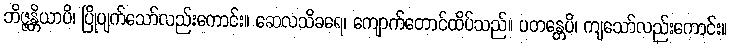
ဘိဇ္ဇန္တိယာပိ၊ ပြိုပျက်သော်လည်းကောင်း။ ဆေလသိခရေ၊ ကျောက်တောင်ထိပ်သည်။ ပတန္တေပိ၊ ကျသော်လည်းကောင်း။